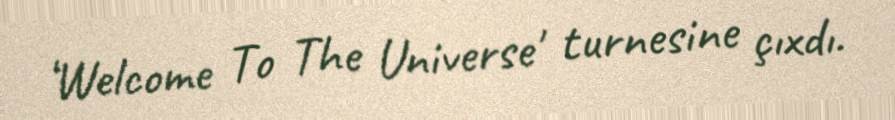
‘Welcome To The Universe' turnesine çıxdı.